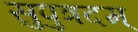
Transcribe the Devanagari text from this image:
सुपुत्रदम्